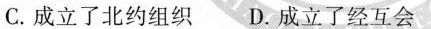
C.成立了北约组织 D.成立了经互会